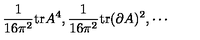
\frac { 1 } { 1 6 \pi ^ { 2 } } \mathrm { t r } A ^ { 4 } , \frac { 1 } { 1 6 \pi ^ { 2 } } \mathrm { t r } ( \partial A ) ^ { 2 } , \cdots